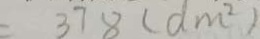
3 7 8 ( d m ^ { 2 } )